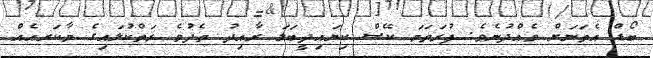
ބޯޑް އެތަނަށް ވެއްދުނެވެ. ފުރަތަމަ ކޭސް ކިޔައިދީބަލަ ރާއިދު ތެދުވެ ރަތްކުލައިގެ މާކަރއެއް